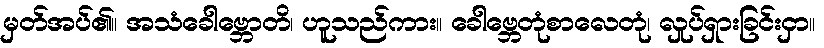
မှတ်အပ်၏။ အသံခေါဗ္ဘောတိ၊ ဟူသည်ကား။ ခေါဗ္ဘေတုံစာလေတုံ၊ လှုပ်ရှားခြင်းငှာ။